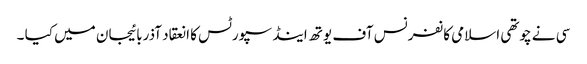
سی نے چوتھی اسلامی کانفرنس آف یوتھ اینڈ سپورٹس کا انعقاد آذربائیجان میں کیا ۔